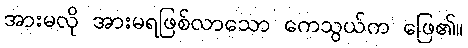
အားမလို အားမရဖြစ်လာသော ကေသွယ်က ဖြေ၏။